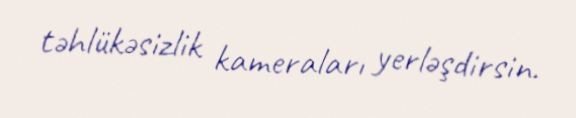
təhlükəsizlik kameraları yerləşdirsin.